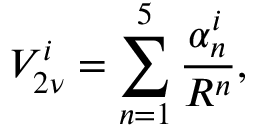
V _ { 2 \nu } ^ { i } = \sum _ { n = 1 } ^ { 5 } \frac { \alpha _ { n } ^ { i } } { R ^ { n } } ,